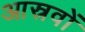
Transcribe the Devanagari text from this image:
आस्रवों